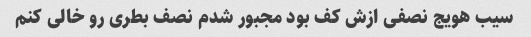
سیب هویج نصفی ازش کف بود مجبور شدم نصف بطری رو خالی کنم